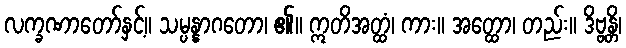
လက္ခဏာတော်နှင့်။ သမ္ပန္နာဂတော၊ ၏။ ဣတိအတ္ထံ၊ ကား။ အတ္ထော၊ တည်း။ ဒိဗ္ဗန္တိ၊